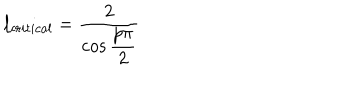
LaTeX: l _ { c r i t i c a l } = \displaystyle \frac { 2 } { \cos \displaystyle \frac { p \pi } { 2 } }